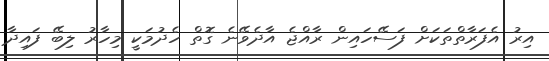
އިރު އެފަރާތްތަކަށް ފަސޭހައިން ރާއްޖެ އާދެވޭނެ ގޮތް ހެދުމަކީ މިހާރު ލިބޭ ފައިދާ